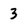
Character: 3